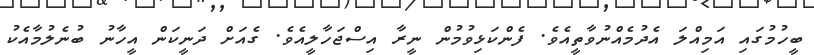
ބީހުމުގައި އަމިއްލަ އެދުމެއްނުވާތީއެވެ. ފެންކަޅިވުމުން ނީރާ އިސްޖަހާލީއެވެ. ގެއަށް ދަނީކަން އީހާނު ބުނެލުމާއެކު